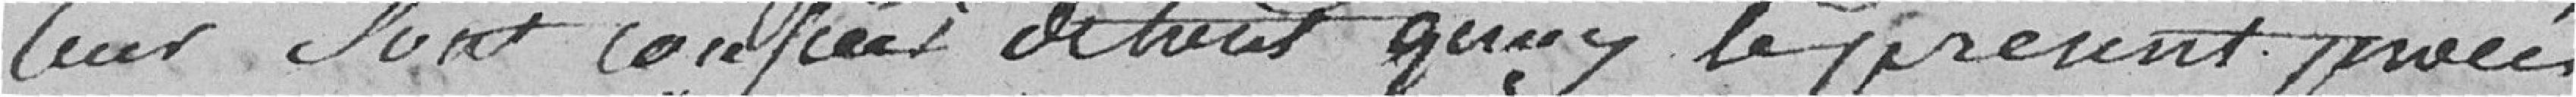
leur sont confiées de tout quoy le présent procès